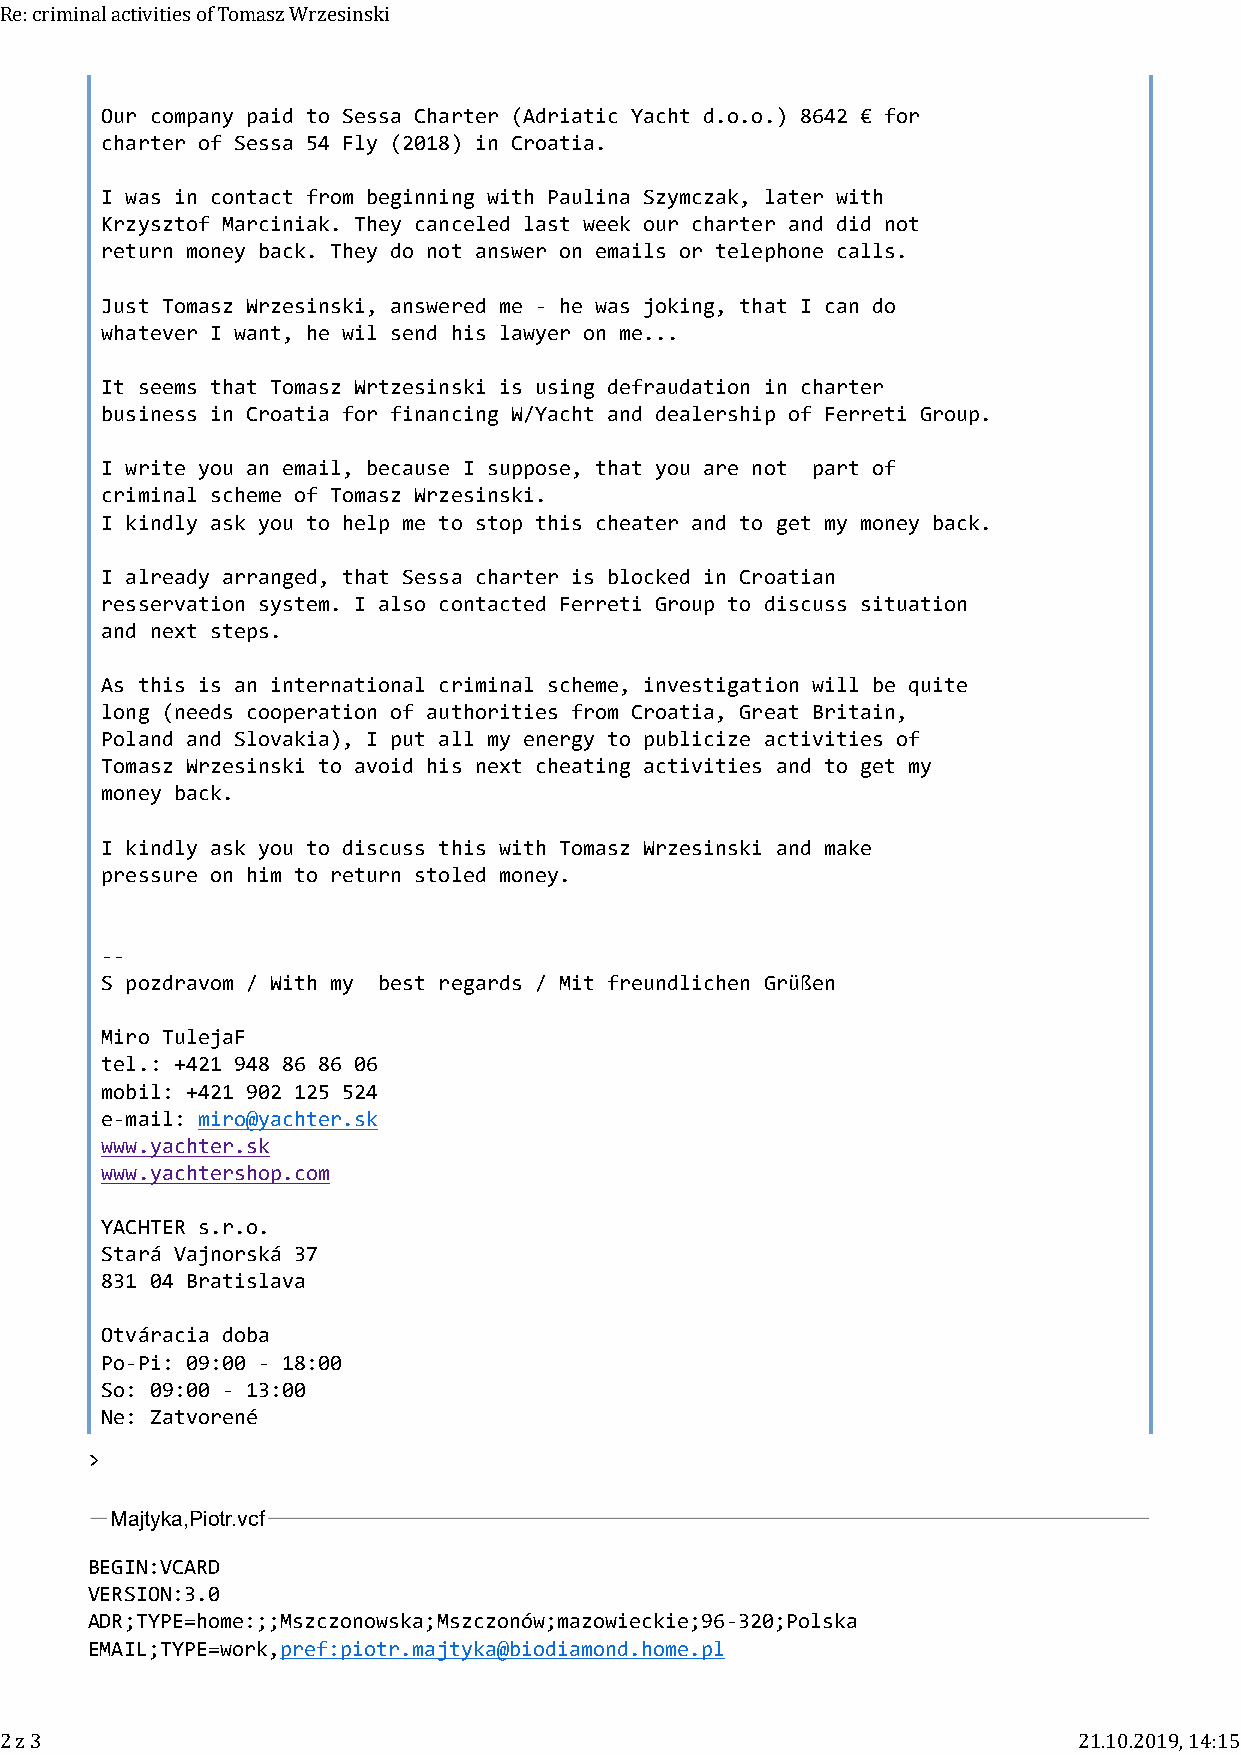
Re: criminal activities of Tomasz Wrzesinski
 Our company paid to Sessa Charter (Adriatic Yacht d.o.o.) 8642 € for
 charter of Sessa 54 Fly (2018) in Croatia.
 I was in contact from beginning with Paulina Szymczak, later with
 Krzysztof Marciniak. They canceled last week our charter and did not
 return money back. They do not answer on emails or telephone calls.
 Just Tomasz Wrzesinski, answered me - he was joking, that I can do
 whatever I want, he wil send his lawyer on me...
 It seems that Tomasz Wrtzesinski is using defraudation in charter
 business in Croatia for financing W/Yacht and dealership of Ferreti Group.
 I write you an email, because I suppose, that you are not part of
 criminal scheme of Tomasz Wrzesinski.
 I kindly ask you to help me to stop this cheater and to get my money back.
 I already arranged, that Sessa charter is blocked in Croatian
 resservation system. I also contacted Ferreti Group to discuss situation
 and next steps.
 As this is an international criminal scheme, investigation will be quite
 long (needs cooperation of authorities from Croatia, Great Britain,
 Poland and Slovakia), I put all my energy to publicize activities of
 Tomasz Wrzesinski to avoid his next cheating activities and to get my
 money back.
 I kindly ask you to discuss this with Tomasz Wrzesinski and make
 pressure on him to return stoled money.
 --
 S pozdravom / With my best regards / Mit freundlichen Grüßen
 Miro TulejaF
 tel.: +421 948 86 86 06
 mobil: +421 902 125 524
 e-mail: miro@yachter.sk
 www.yachter.sk
 www.yachtershop.com
 YACHTER s.r.o.
 Stará Vajnorská 37
 831 04 Bratislava
 Otváracia doba
 Po-Pi: 09:00 - 18:00
 So: 09:00 - 13:00
 Ne: Zatvorené
 >
 Majtyka,Piotr.vcf
 BEGIN:VCARD
 VERSION:3.0
 ADR;TYPE=home:;;Mszczonowska;Mszczonów;mazowieckie;96-320;Polska
 EMAIL;TYPE=work,pref:piotr.majtyka@biodiamond.home.pl
 2 z 3                                                                  21.10.2019, 14:15